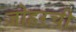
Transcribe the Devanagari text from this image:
जोहरची